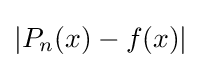
|P_{n}(x)-f(x)|